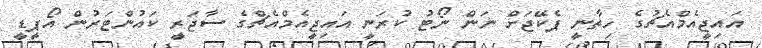
އައިޖީއެމްއެޗުގެ ހިތާނީ ޕެކޭޖަށް ނަން ނޯޓު ކުރަނީ އައިޖީއެމްއެޗްގެ ސާޖަރީ ކައުންޓަރުން އޯޕީޑީ